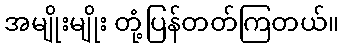
အမျိုးမျိုး တုံ့ပြန်တတ်ကြတယ်။